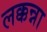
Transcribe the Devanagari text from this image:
लक्कन्ना